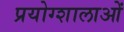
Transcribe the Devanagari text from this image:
प्रयोग्शालाओं